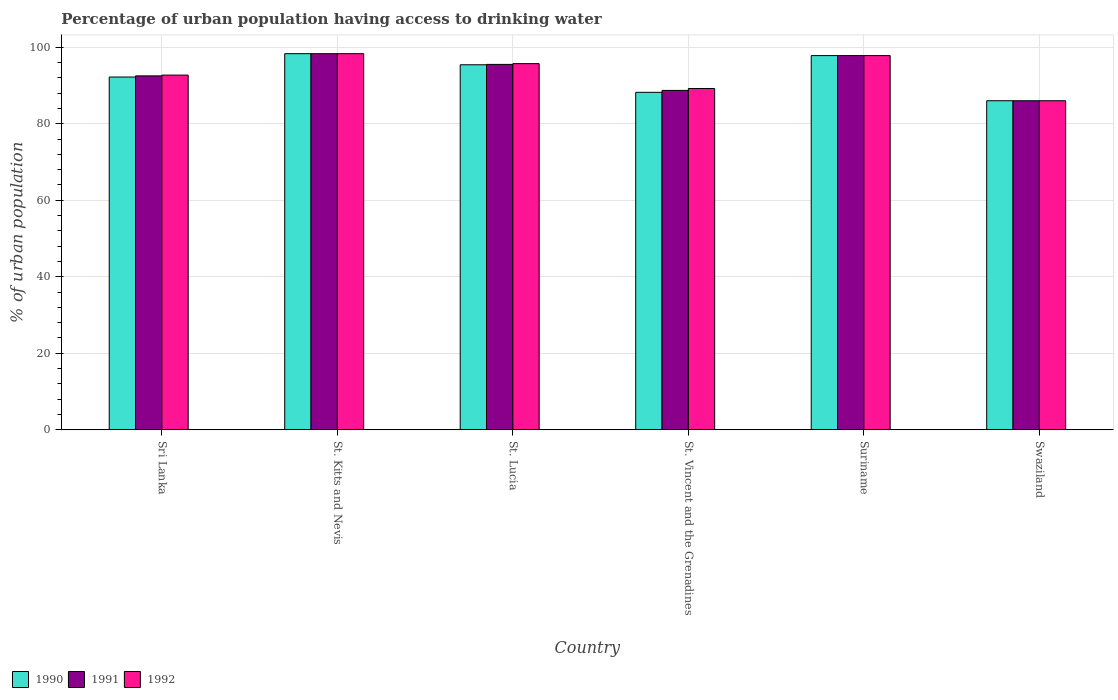
| Country | 1990 | 1991 | 1992 |
 | --- | --- | --- | --- |
 | Sri Lanka | 92.2 | 92.5 | 92.7 |
 | St. Kitts and Nevis | 98.3 | 98.3 | 98.3 |
 | St. Lucia | 95.4 | 95.5 | 95.7 |
 | St. Vincent and the Grenadines | 88.2 | 88.7 | 89.2 |
 | Suriname | 97.8 | 97.8 | 97.8 |
 | Swaziland | 86 | 86 | 86 |